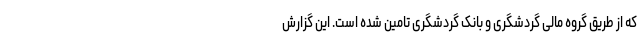
که از طریق گروه مالی گردشگری و بانک گردشگری تامین شده است. این گزارش